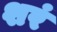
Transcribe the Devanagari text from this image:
शरं